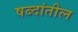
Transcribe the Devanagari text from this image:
षब्दांतील